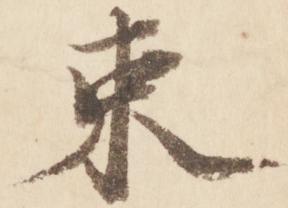
束